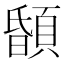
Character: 䫒